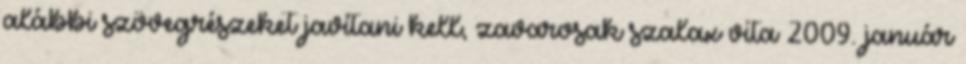
alábbi szövegrészeket javítani kell, zavarosak szalax vita 2009. január